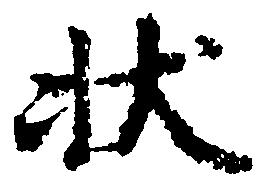
状